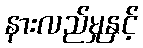
နားလည်မှုနှင့်